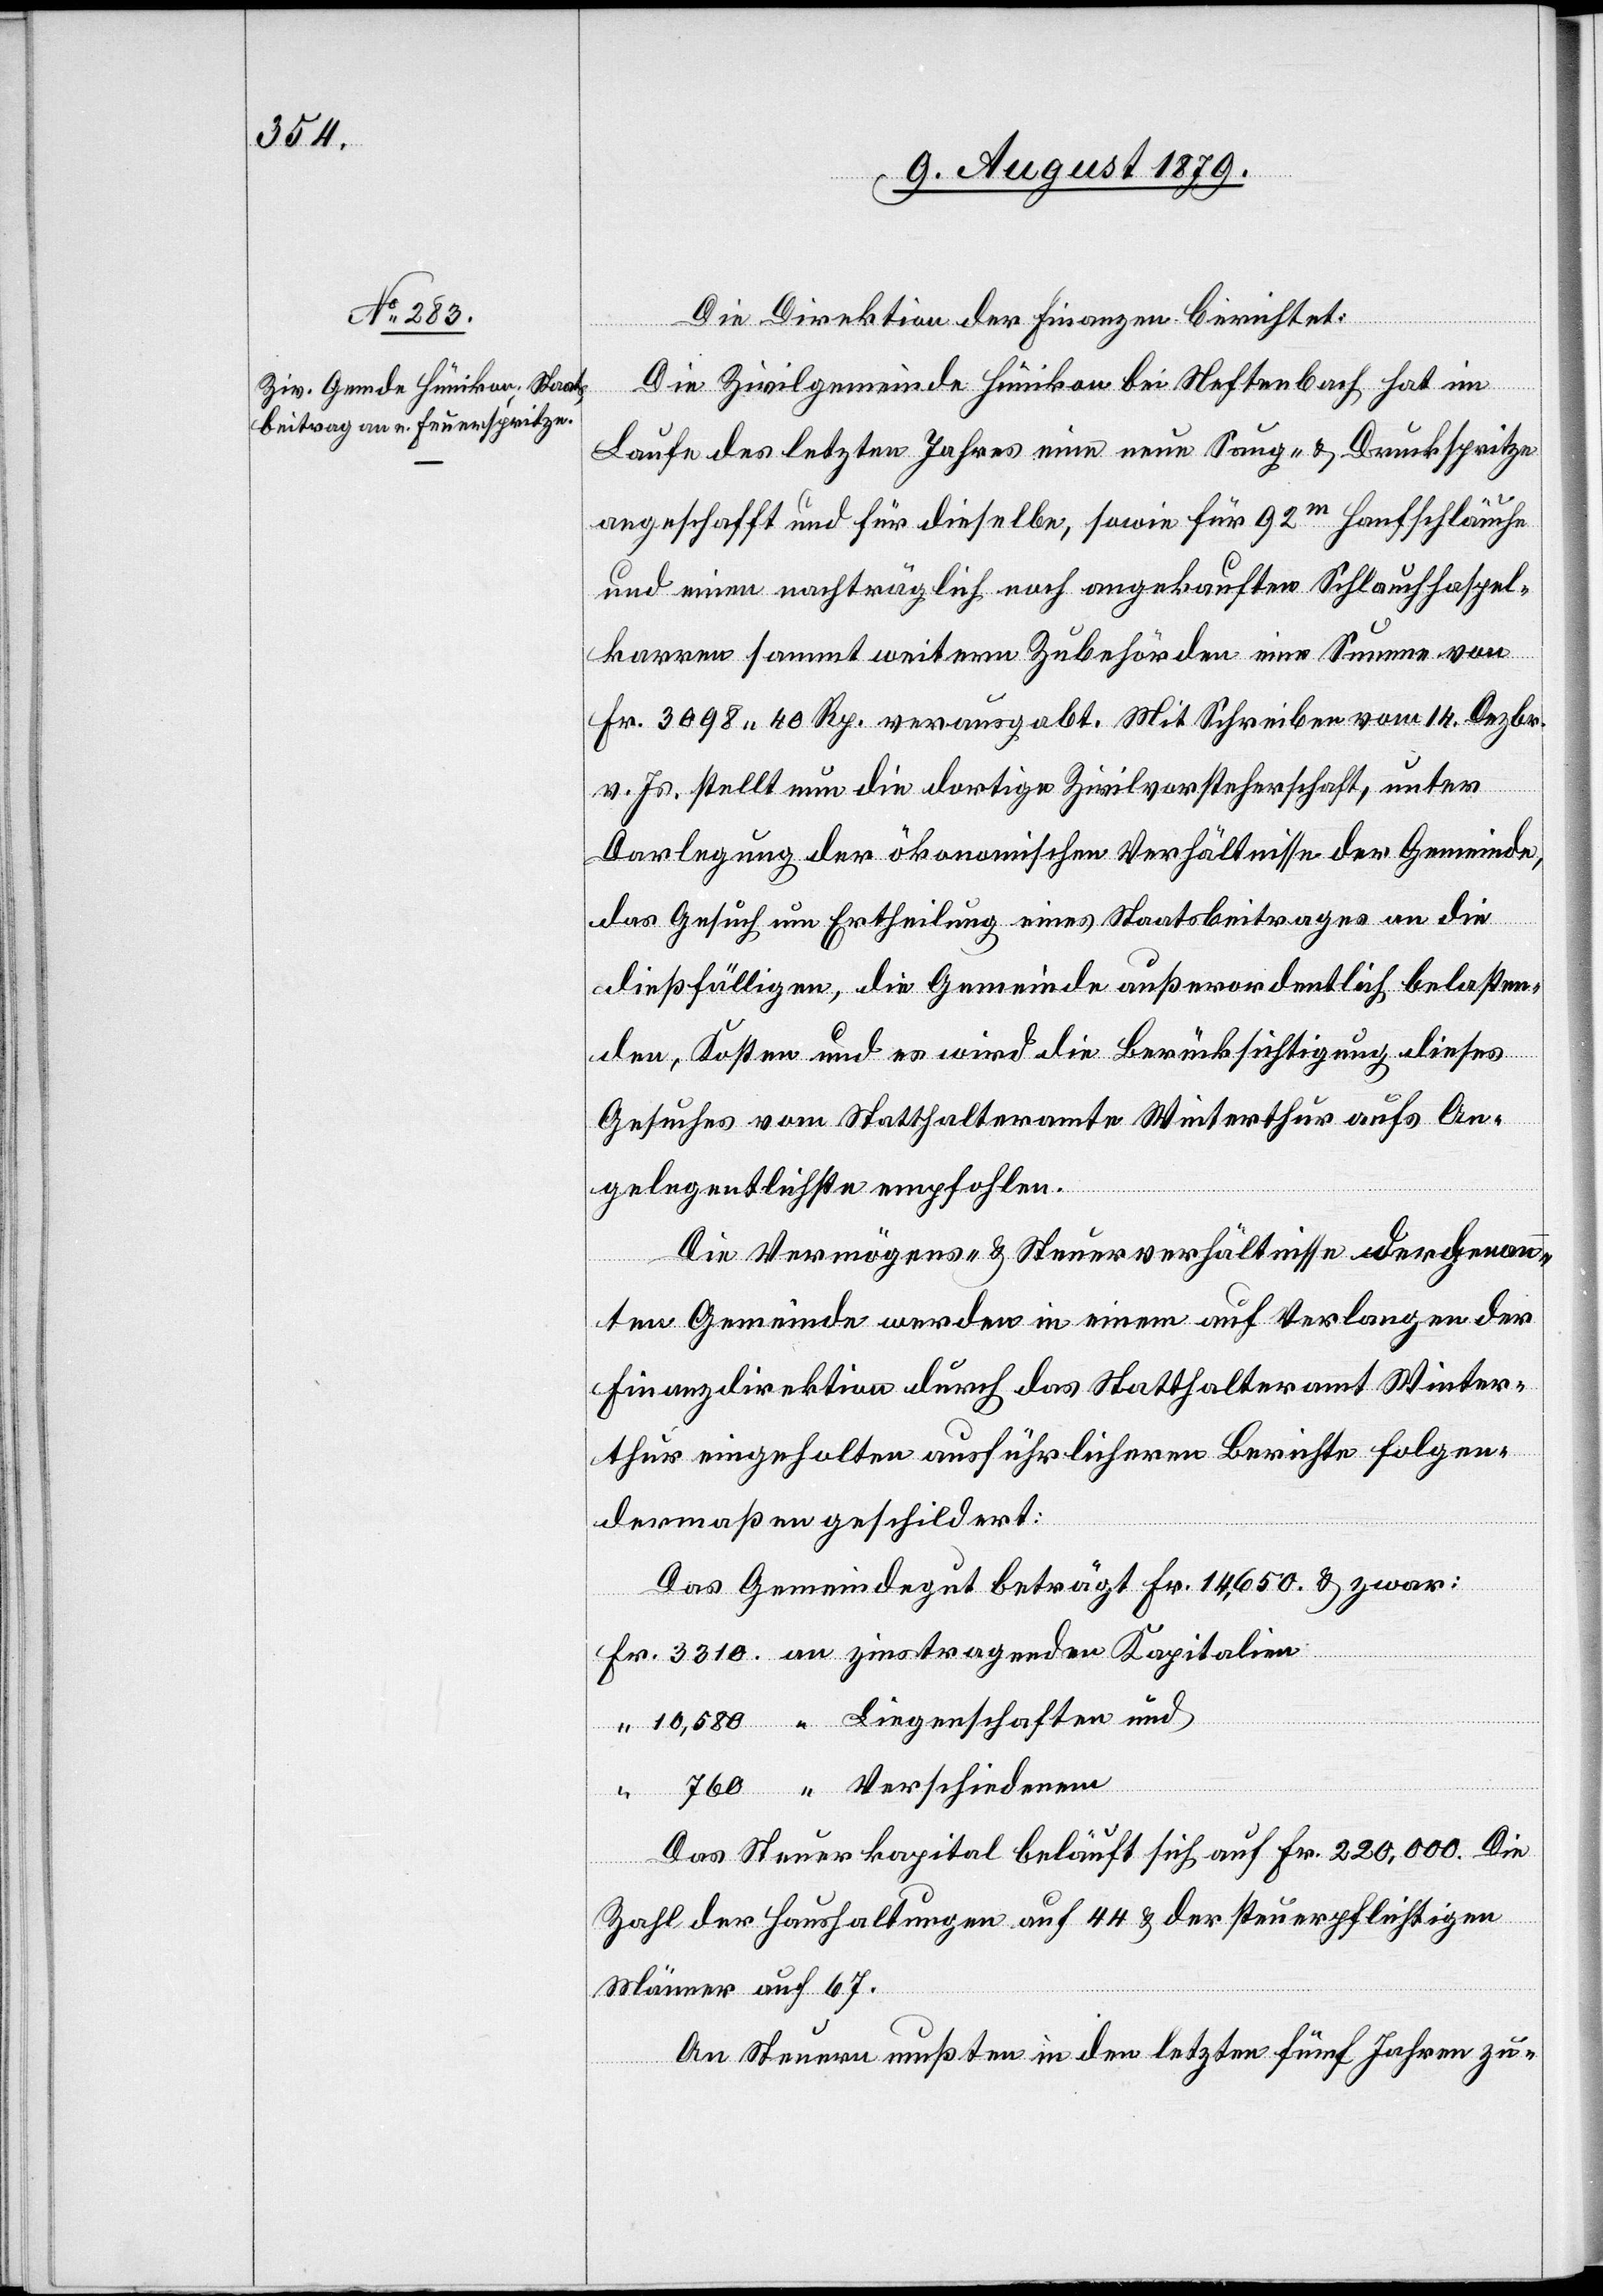
Die Direktion der Finanzen berichtet:
Die Zivilgemeinde Hünikon bei Neftenbach hat im
Laufe des letzten Jahres eine neue Saug- & Druckspritze
angeschafft und für dieselbe, sowie für 92m Hanfschläuche
und einen nachträglich noch angekauften Schlauchhaspel¬
karren sammt weitern Zubehörden eine Summe von
Fr. 3098 40 Rp. verausgabt. Mit Schreiben vom 14. Dezbr.
v. Js. stellt nun die dortige Zivilvorsteherschaft, unter
Darlegung der ökonomischen Verhältnisse der Gemeinde,
das Gesuch um Ertheilung eines Staatsbeitrages an die
dießfälligen, die Gemeinde außerordentlich belasten¬
den, Kosten und es wird die Berücksichtigung dieses
Gesuches vom Statthalteramte Winterthur aufs An¬
gelegentlichste empfohlen.
Die Vermögens- & Steuerverhältnisse der genann¬
ten Gemeinde werden in einem auf Verlangen der
Finanzdirektion durch das Statthalteramt Winter¬
thur eingeholten ausführlicheren Berichte folgen¬
dermaßen geschildert:
Das Gemeindegut beträgt Fr. 14,650 & zwar:
Fr. 3310 an zinstragenden Kapitalien
“ 10,580 “ Liegenschaften und
“ 760 “ Verschiedenem
Das Steuerkapital beläuft sich auf Fr. 220,000. Die
Zahl der Haushaltungen auf 44 & der steuerpflichtigen
Männer auf 67.
An Steuern mußten in den letzten fünf Jahren zu-